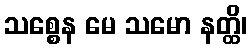
သစ္စေန မေ သမော နတ္ထိ၊